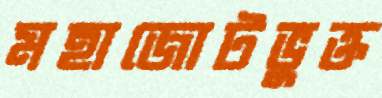
মহাজোটভুক্ত